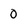
Character: 0